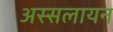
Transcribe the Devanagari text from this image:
अस्सलायन